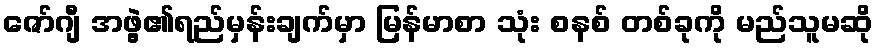
ဇော်ဂျီ အဖွဲ့၏ရည်မှန်းချက်မှာ မြန်မာစာ သုံး စနစ် တစ်ခုကို မည်သူမဆို